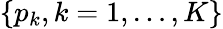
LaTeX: \{ p_{k},k=1,\ldots,K\}